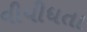
વીવીધતા